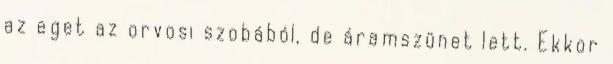
az eget az orvosi szobából, de áramszünet lett. Ekkor